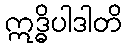
ဣဒ္ဓိပါဒါတိ